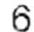
6